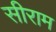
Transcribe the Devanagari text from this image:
सीराम